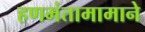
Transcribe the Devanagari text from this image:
हणमंतामामाने